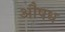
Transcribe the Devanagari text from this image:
औ़षध